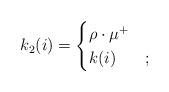
LaTeX: \begin{align*} k_2(i)=\begin{cases} \rho\cdot \mu^+&\\ k(i)&; \end{cases} \end{align*}